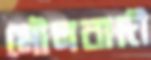
মৌলবাদী